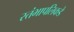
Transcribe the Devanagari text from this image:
स्तंभापलिकडे